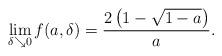
LaTeX: \begin{align*}\lim_{\delta\searrow 0} f(a,\delta) = \frac{2\left(1-\sqrt{1-a}\right)}{a}.\end{align*}